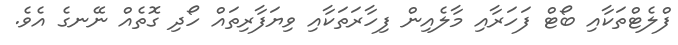
ފްލެޓްތަކާއި ބޯޓް ފަހަރާއި މާލެއިން ފިހާރަތަކާއި ވިޔަފާރިތައް ހޯދި ގޮތެއް ނޭނގެ އެވެ.